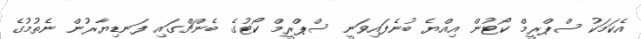
އެކަމަކު ސްޕްރީމް ކޯޓުން އިއްޔެ ބުނެފައިވަނީ ސްޕްރީމް ކޯޓުގެ ބެންޗްގައި ފަނޑިޔާރުން ނެތުމުގެ